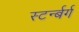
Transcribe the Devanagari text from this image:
स्टर्न्बर्ग